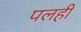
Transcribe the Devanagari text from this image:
पलही